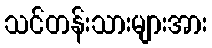
သင်တန်းသားများအား